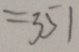
= 3 5 1